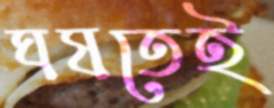
ঘষতেই